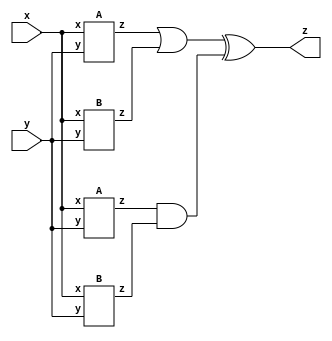
module top_module (input x, input y, output z);

wire a1_out, b1_out, a2_out, b2_out;    
    
    A IA1 (.x(x) , .y(y) , .z(a1_out));
    B IB1 (.x(x) , .y(y) , .z(b1_out));
    A IA2 (.x(x) , .y(y) , .z(a2_out));
    B IB2 (.x(x) , .y(y) , .z(b2_out));
    
    assign z = (a1_out | b1_out) ^  (a2_out & b2_out);
endmodule

module A (input x, input y, output z);
   assign z= (x^y) &x;

endmodule

module B ( input x, input y, output z );

  assign  z = x ^~ y;
endmodule